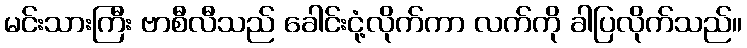
မင်းသားကြီး ဗာစီလီသည် ခေါင်းငုံ့လိုက်ကာ လက်ကို ခါပြလိုက်သည်။